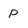
Character: P